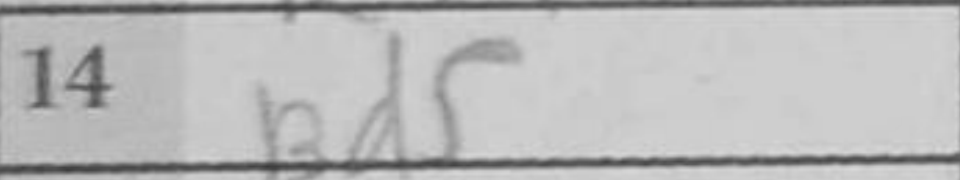
Transcription: Bd5